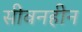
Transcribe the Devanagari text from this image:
सीवनहीन